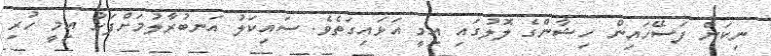
ނިކަން ފަސޭހައިން ހިޝާންގެ ލޮލުގައި އިމީ އަޅައިގަތެވެ. ސައިކަލު އަނބުރާލުމަށްފަހު އިމީ ހުރި